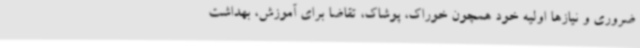
ضروری و نیازها اولیه خود همچون خوراک، پوشاک، تقاضا برای آموزش، بهداشت